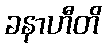
ခနာဟီတိ